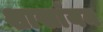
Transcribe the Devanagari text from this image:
शाखांयन